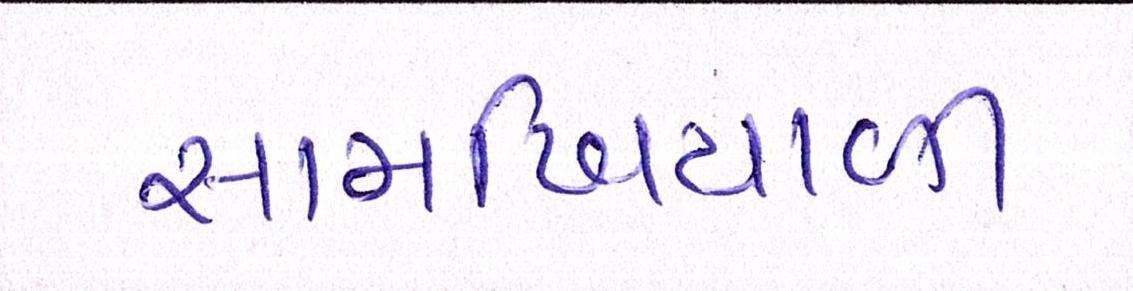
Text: સામખિયાળી